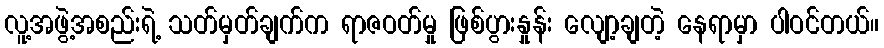
လူ့အဖွဲ့အစည်းရဲ့ သတ်မှတ်ချက်က ရာဇဝတ်မှု ဖြစ်ပွားနှုန်း လျော့ချတဲ့ နေရာမှာ ပါဝင်တယ်။